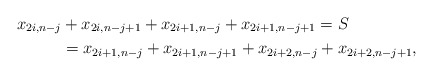
\begin{align*}x_{2i,n-j} &+ x_{2i,n-j+1} + x_{2i+1,n-j} + x_{2i+1,n-j+1} = S \\ &= x_{2i+1,n-j} + x_{2i+1,n-j+1} + x_{2i+2,n-j} + x_{2i+2,n-j+1},\end{align*}